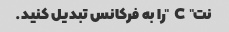
نت "C" را به فرکانس تبدیل کنید.